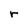
Character: r